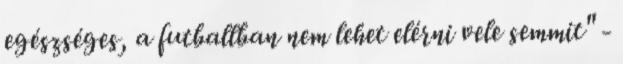
egészséges, a futballban nem lehet elérni vele semmit" -